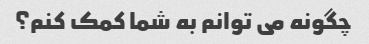
چگونه می توانم به شما کمک کنم؟